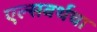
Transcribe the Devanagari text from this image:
एल्सवर्थचा